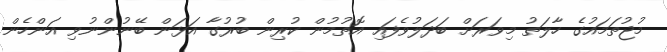
މުޖުތަމައުގެ ހާލަތު މިވަރަށް ބަދަލުވެފައި އޮތުމުން ކުރިން ބުރުގާ އަޅަން ބޭނުންނުވި އަންހެން